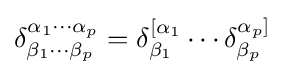
\delta _{\beta _{1}\cdots \beta _{p}}^{\alpha _{1}\cdots \alpha _{p}}=\delta _{\beta _{1}}^{[\alpha _{1}}\cdots \delta _{\beta _{p}}^{\alpha _{p}]}